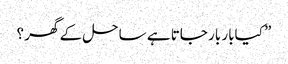
” کیابار بار جاتا ہے ساحل کے گھر ؟